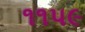
૧૧૫૯